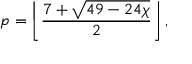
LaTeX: p = \left\lfloor { \frac { 7 + { \sqrt { 4 9 - 2 4 \chi } } } { 2 } } \right\rfloor ,